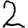
Digit: 2